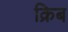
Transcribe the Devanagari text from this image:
क्रिब